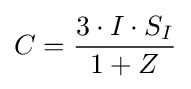
C={\frac {3\cdot I\cdot S_{I}}{1+Z}}